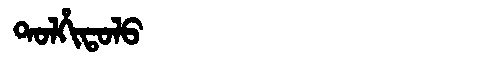
Manchu: ᡨᠣᠯᡥᡳᡨᠣᠯᠣ
Romanization: TOLHITOLO